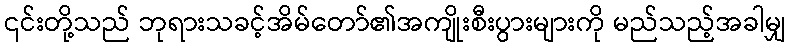
၎င်းတို့သည် ဘုရားသခင့်အိမ်တော်၏အကျိုးစီးပွားများကို မည်သည့်အခါမျှ